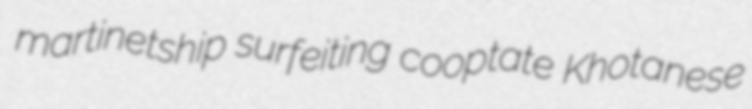
martinetship surfeiting cooptate Khotanese